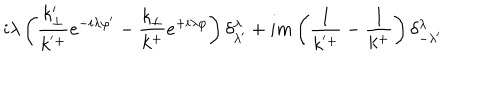
i \lambda \left( \frac { k _ { \perp } ^ { \prime } } { k ^ { ' + } } e ^ { - i \lambda \varphi ^ { \prime } } - \frac { k _ { \perp } } { k ^ { + } } e ^ { + i \lambda \varphi } \right) \delta _ { \lambda ^ { \prime } } ^ { \lambda } + i m \left( \frac { 1 } { k ^ { ' + } } - \frac { 1 } { k ^ { + } } \right) \delta _ { - \lambda ^ { \prime } } ^ { \lambda }